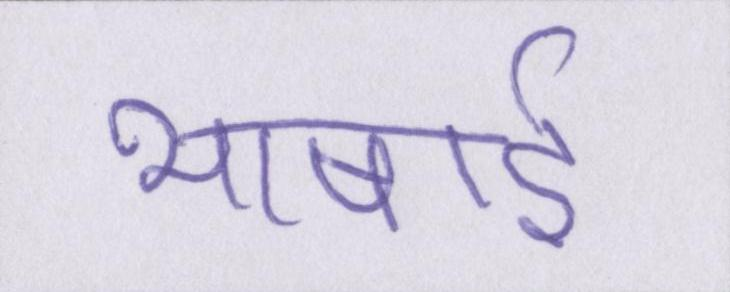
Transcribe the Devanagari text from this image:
भाषाई